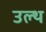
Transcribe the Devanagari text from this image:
उल्थ